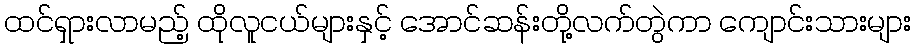
ထင်ရှားလာမည့် ထိုလူငယ်များနှင့် အောင်ဆန်းတို့လက်တွဲကာ ကျောင်းသားများ